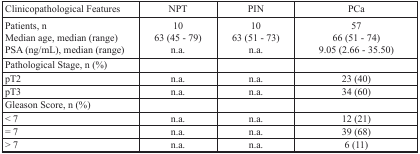
<table><thead><tr><td><b>Clinicopathological Features</b></td><td><b>NPT</b></td><td><b>PIN</b></td><td><b>PCa</b></td></tr></thead><tbody><tr><td>Patients, nMedian age, median (range)PSA (ng/mL), median (range)</td><td>1063 (45 - 79)n.a.</td><td>1063 (51 - 73)n.a.</td><td>5766 (51 - 74)9.05 (2.66 - 35.50)</td></tr><tr><td>Pathological Stage, n (%)</td><td></td><td></td><td></td></tr><tr><td>pT2</td><td>n.a.</td><td>n.a.</td><td>23 (40)</td></tr><tr><td>pT3</td><td>n.a.</td><td>n.a.</td><td>34 (60)</td></tr><tr><td>Gleason Score, n (%)</td><td></td><td></td><td></td></tr><tr><td>&lt; 7</td><td>n.a.</td><td>n.a.</td><td>12 (21)</td></tr><tr><td>= 7</td><td>n.a.</td><td>n.a.</td><td>39 (68)</td></tr><tr><td>&gt; 7</td><td>n.a.</td><td>n.a.</td><td>6 (11)</td></tr></tbody></table>